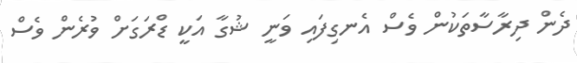
ދެން ދިރާސާތަކުން ވެސް އެނގިފައި ވަނީ ޝުގާ އަކީ ޑްރަގަށް ވުރެން ވެސް